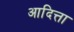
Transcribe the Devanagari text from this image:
आदित्ता